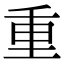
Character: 重